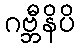
ဂဗ္ဘီနိပိ